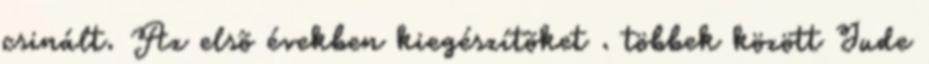
csinált. Az elsõ években kiegészítõket . többek között Jude